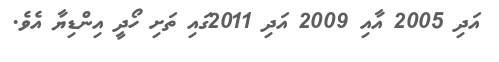
އަދި 2005 އާއި 2009 އަދި 2011ގައި ތަށި ހޯދީ އިންޑިޔާ އެވެ.